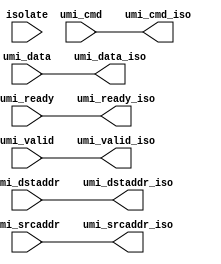
/*******************************************************************************
 * Copyright 2020 Zero ASIC Corporation
 *
 * Licensed under the Apache License, Version 2.0 (the "License");
 * you may not use this file except in compliance with the License.
 * You may obtain a copy of the License at
 *
 *     http://www.apache.org/licenses/LICENSE-2.0
 *
 * Unless required by applicable law or agreed to in writing, software
 * distributed under the License is distributed on an "AS IS" BASIS,
 * WITHOUT WARRANTIES OR CONDITIONS OF ANY KIND, either express or implied.
 * See the License for the specific language governing permissions and
 * limitations under the License.
 *
 * ----
 *
 * ##Documentation##
 *
 * - Power domain isolation buffers
 *
 ******************************************************************************/

module umi_isolate
  #(parameter CW = 32, // umi command width
    parameter AW = 64, // umi address width
    parameter DW = 64, // umi data width
    parameter ISO = 0  // 1 = enable input isolation
    )
   (
    input           isolate,  // 1=clamp inputs to 0
    // floating signals
    input           umi_ready,
    input           umi_valid,
    input [CW-1:0]  umi_cmd,
    input [AW-1:0]  umi_dstaddr,
    input [AW-1:0]  umi_srcaddr,
    input [DW-1:0]  umi_data,
    // clamped signals
    output          umi_ready_iso,
    output          umi_valid_iso,
    output [CW-1:0] umi_cmd_iso,
    output [AW-1:0] umi_dstaddr_iso,
    output [AW-1:0] umi_srcaddr_iso,
    output [DW-1:0] umi_data_iso
    );

   generate
      if(ISO)
        begin : g0
           la_visolo #(.N(1))
           i_ready (.in(umi_ready),
                    .out(umi_ready_iso),
                    .iso(isolate));

           la_visolo #(.N(1))
           i_valid (.in(umi_valid),
                    .out(umi_valid_iso),
                    .iso(isolate));

           la_visolo #(.N(CW))
           i_cmd (.in(umi_cmd[CW-1:0]),
                  .out(umi_cmd_iso[CW-1:0]),
                  .iso(isolate));

           la_visolo #(.N(AW))
           i_dstaddr (.in(umi_dstaddr[AW-1:0]),
                      .out(umi_dstaddr_iso[AW-1:0]),
                      .iso(isolate));

           la_visolo #(.N(AW))
           i_srcaddr (.in(umi_srcaddr[AW-1:0]),
                      .out(umi_srcaddr_iso[AW-1:0]),
                      .iso(isolate));

           la_visolo #(.N(DW))
           i_data (.in(umi_srcaddr[DW-1:0]),
                   .out(umi_srcaddr_iso[DW-1:0]),
                   .iso(isolate));
        end
      else
        begin : g0
           assign umi_ready_iso           = umi_ready;
           assign umi_valid_iso           = umi_valid;
           assign umi_cmd_iso[CW-1:0]     = umi_cmd[CW-1:0];
           assign umi_dstaddr_iso[AW-1:0] = umi_dstaddr[AW-1:0];
           assign umi_srcaddr_iso[AW-1:0] = umi_srcaddr[AW-1:0];
           assign umi_data_iso[DW-1:0]    = umi_data[DW-1:0];
        end

   endgenerate

endmodule